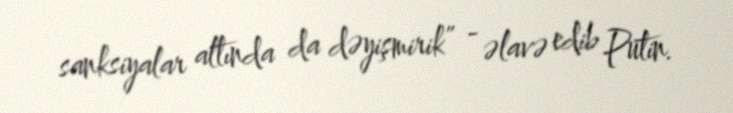
sanksiyalar altında da dəyişmirik” - əlavə edib Putin.